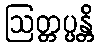
ဩတ္တပ္ပန္တိ